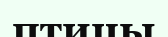
птицы